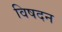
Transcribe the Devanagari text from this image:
विषदन